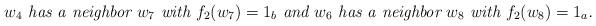
LaTeX: \begin{align*}\mbox{ \em $w_4$ has a neighbor $w_7$ with $f_2(w_7)=1_b$ and $w_6$ has a neighbor $w_8$ with $f_2(w_8)=1_a$.} \end{align*}